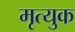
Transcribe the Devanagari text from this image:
मृत्युक